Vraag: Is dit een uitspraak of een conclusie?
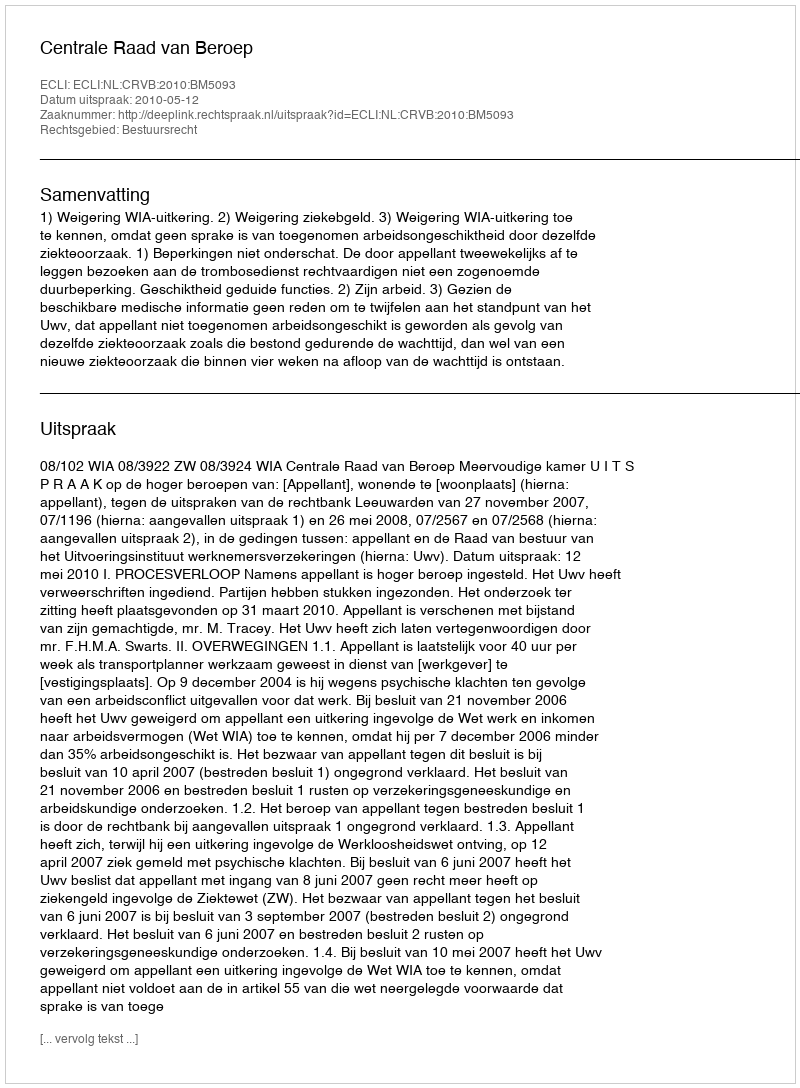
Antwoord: Uitspraak